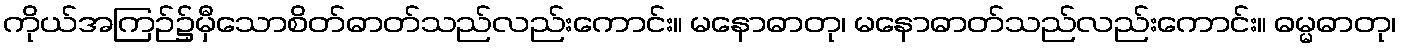
ကိုယ်အကြဉ်၌မှီသောစိတ်ဓာတ်သည်လည်းကောင်း။ မနောဓာတု၊ မနောဓာတ်သည်လည်းကောင်း။ ဓမ္မဓာတု၊